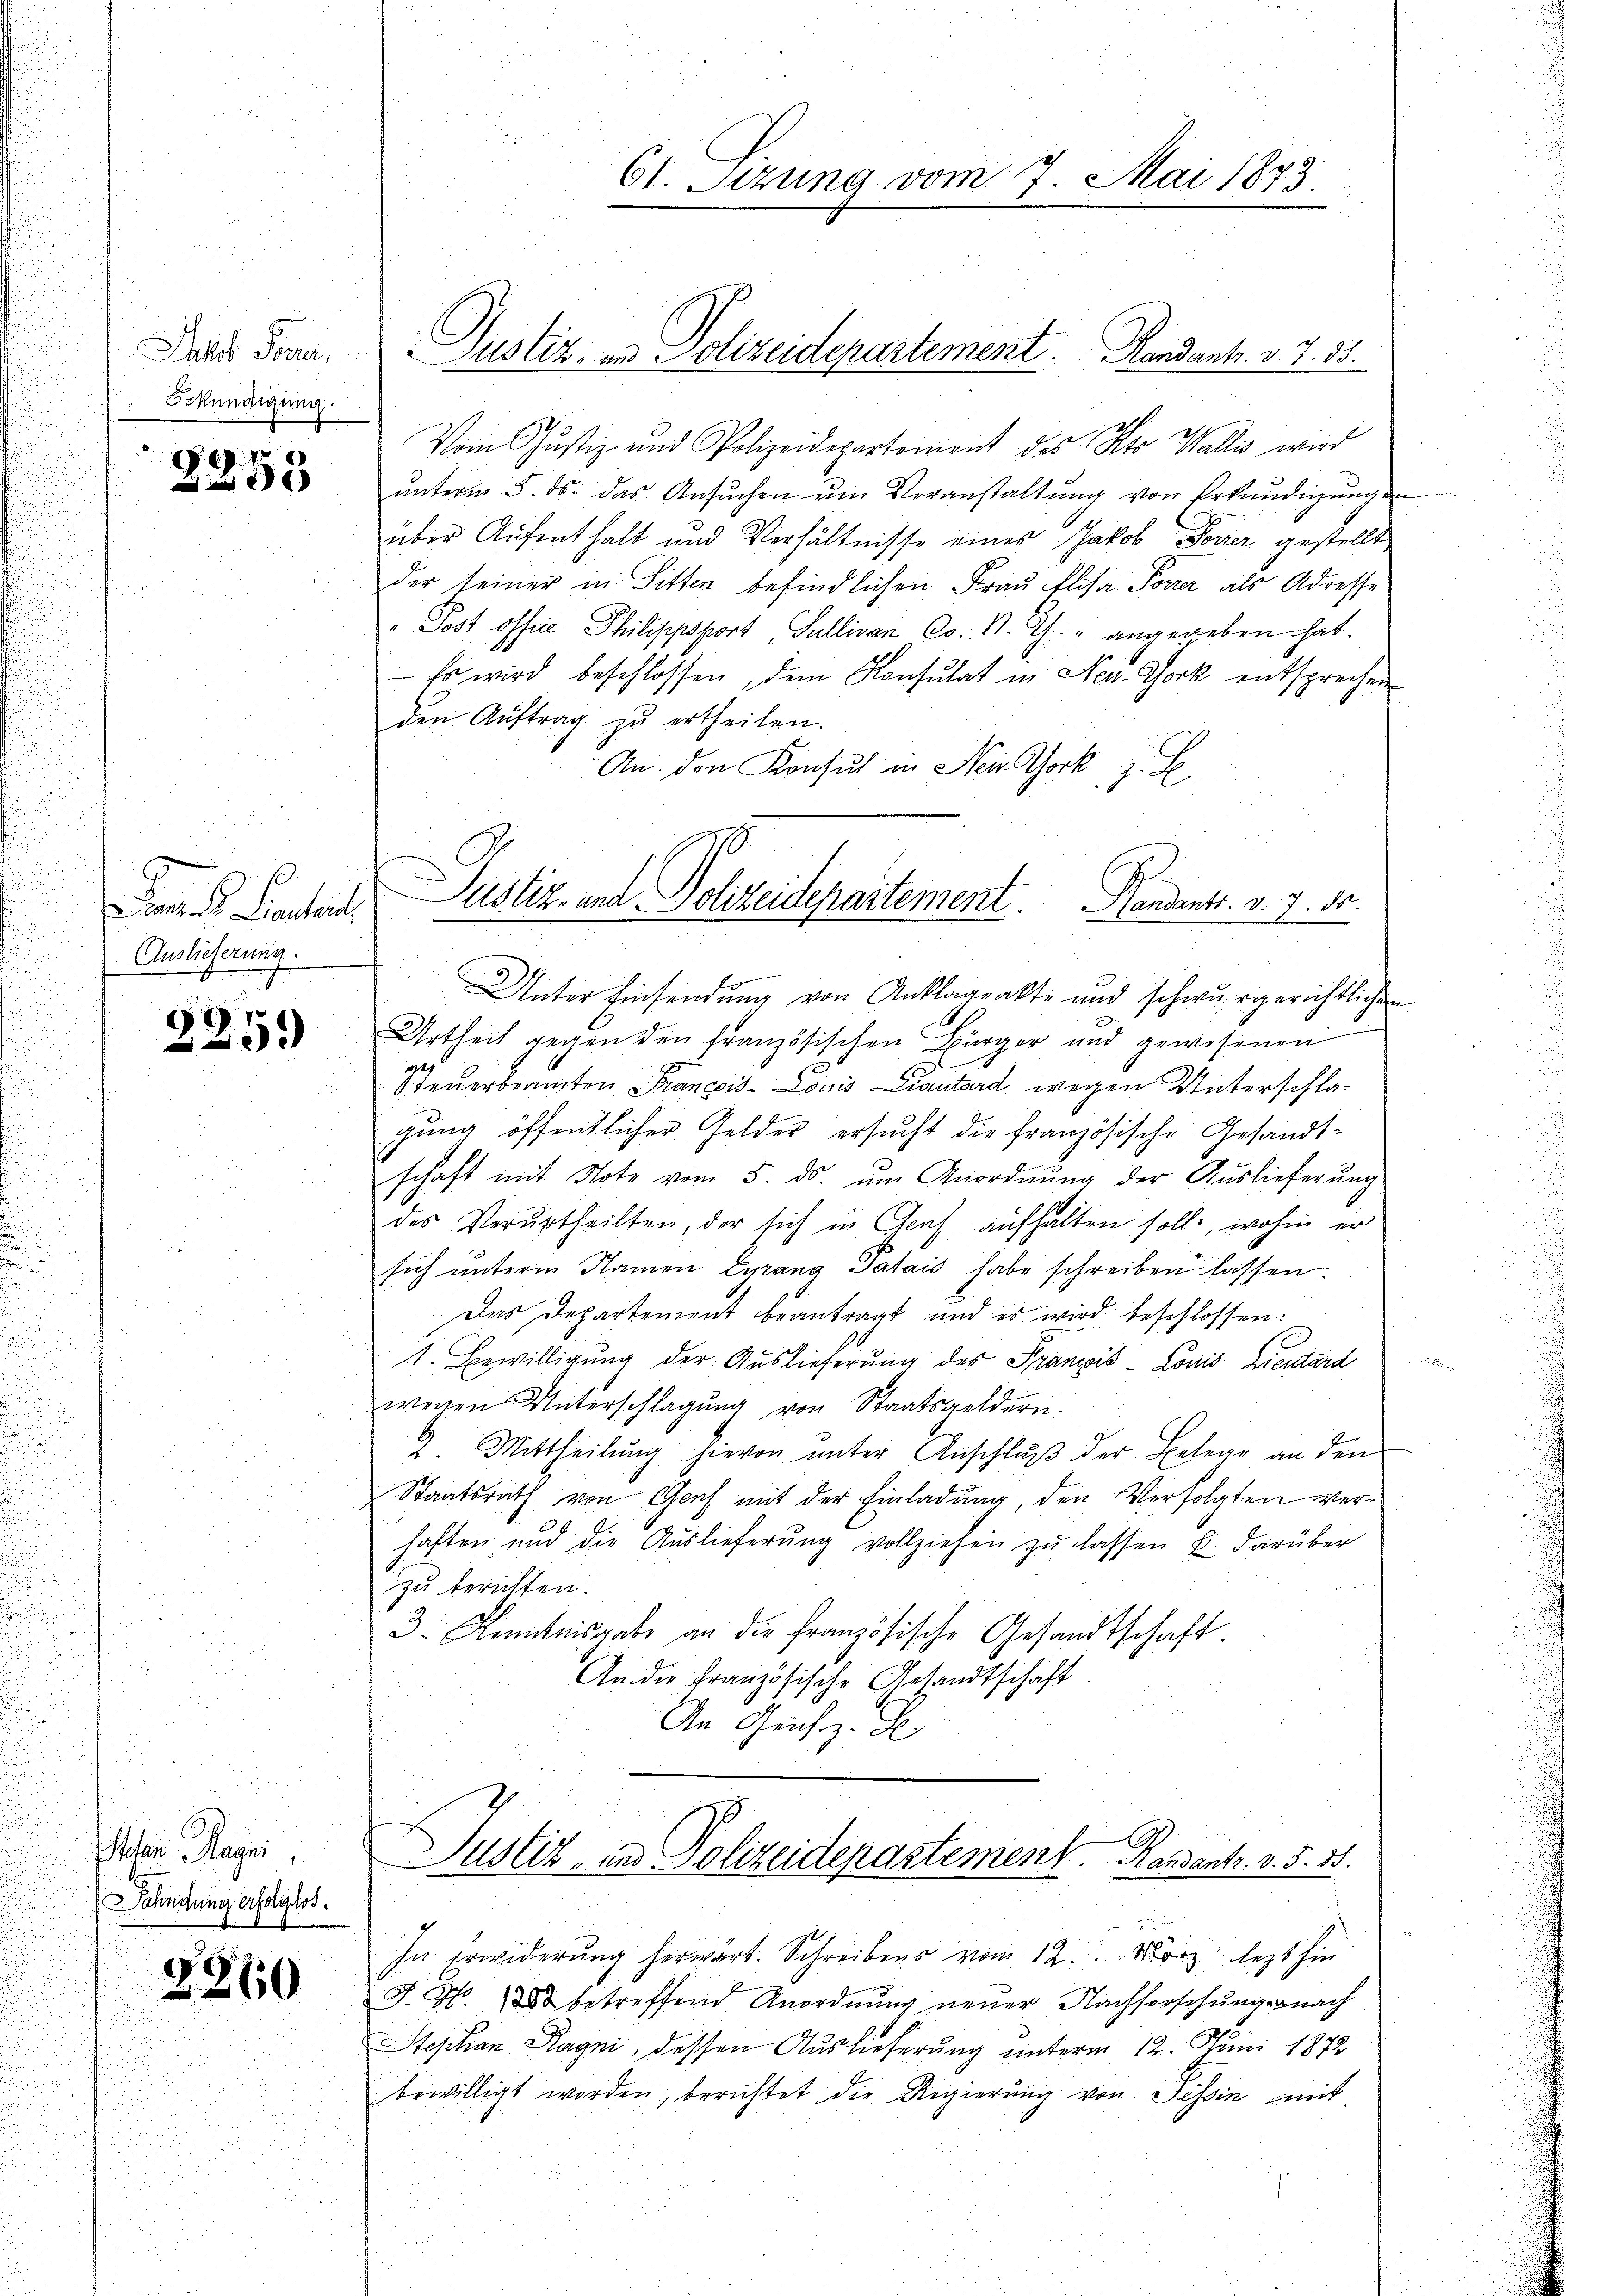
Jakob Sone.
Erkundigung.

6
6

aende Sentert
Auslieferung:

7
.

Hohen Magni
ahndung erfolglos.

d

1360

61. Sizung vom 7. Mai 1873

2
2.
Vom Justiz- und Polizeidepartement des Kts. Wallis wird
ŭnterm 5. ds. das Ansŭchen ŭm Veranstaltŭng von Erkundigŭngen
über Aufenthalt und Verhältnisse eines Jakob Forrer gestellt
der seiner in Sitten befindlichen Frau Elisa Porrer als Adresse
" Post office Philippsport Sulliven Co. N. Th. angegeben hat.
Es wird beschlossen, dem Konsulat in New-York entsprechen
den Aŭftrag zŭ ertheilen.
An den Konsul in New York z. S.
Unter Einsendung von Anklageakte und schwurgerichtlichen
Urtheil gegen den französischen Bürger und gewesenen
Steuerbranten Francois-Louis iautard wegen Unterschlagung öffentlicher Gelder ersucht die französische Gesandt-
schaft mit Note vom 5. ds. ŭm Anordnung der Auslieferung
des Verurtheilten, der sich in Genf aufhalten soll, wohin er
sich unterm Namen Cyrang Palais habe schreiben lassen.
Das Departement beantragt und es wird beschlossen:
1. Bewilligung der Auslieferung des Pränois Louis Lieutard
wegen Unterschlagung von Staatsgeldern.
2. Mittheilŭng hievon unter Anschlŭβ der Belege an den
Staatsrath von Genf mit der Einladung, den Verfolgten verhaften und die Auslieferŭng vollziehen zŭ lassen u. darüber
zu berichten.
3. Kenntnisgabe an die französische Gesandtschaft.
An die Französische Gesandtschaft
An Genf z. B.

Justiz, in Polizeidepartement. Handants. v. 7. 55.

Pustiz- und Polizeidepartement. Handents. v. 7. ds.

Justiz, in Polizeidepartement. Handants. v. 5. 55.

In erwiderŭng herwärt. Schreibens vom 12. März lezthin
J S. 3 betreffend Anordnung neuer Nachforschung nach
Stephan Hagni, dessen Auslieferung unterm 12. Juni 1872
bewilligt worden, berichtet die Regierung von Tessin mit